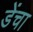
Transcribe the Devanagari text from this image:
डेंचा